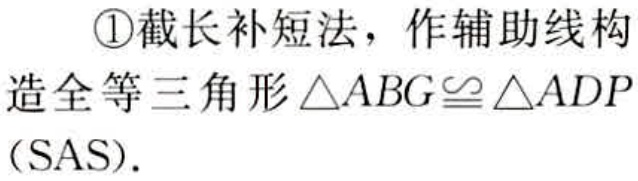
\textcircled{1}截长补短法，作辅助线构造全等三角形\(\triangle ABG\cong\triangle ADP\)（SAS）.